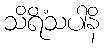
သိရိံသပါနိ